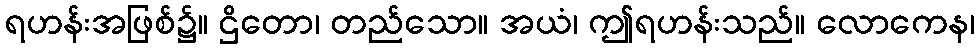
ရဟန်းအဖြစ်၌။ ဌိတော၊ တည်သော။ အယံ၊ ဤရဟန်းသည်။ လောကေန၊